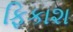
ફિકાશ